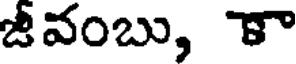
జీవంబు, కా